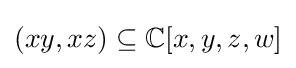
(xy,xz)\subseteq \mathbb {C} [x,y,z,w]